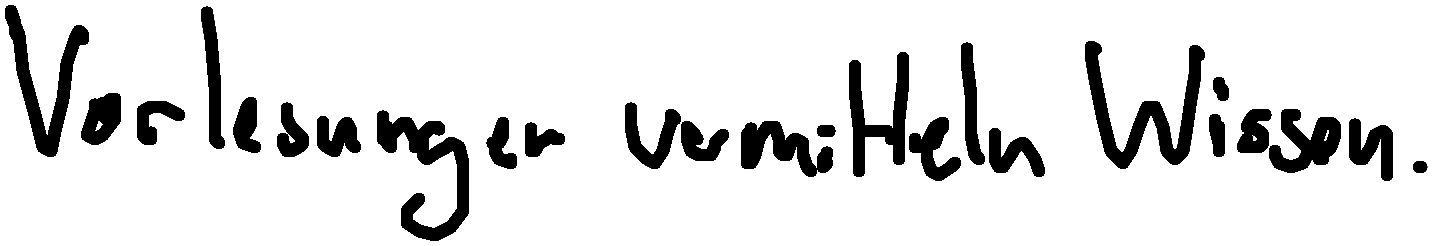
Vorlesungen vermitteln Wissen.